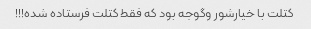
کتلت با خیارشور و‌گوجه بود که فقط کتلت فرستاده شده!!!